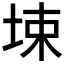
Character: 𰉮